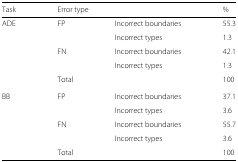
| Task | <COLSPAN=2> Error type | % |
 | --- | --- | --- | --- |
 | ADE | FP | Incorrect boundaries | 55.3 |
 |  |  | Incorrect types | 1.3 |
 |  | FN | Incorrect boundaries | 42.1 |
 |  |  | Incorrect types | 1.3 |
 |  | Total |  | 100 |
 | BB | FP | Incorrect boundaries | 37.1 |
 |  |  | Incorrect types | 3.6 |
 |  | FN | Incorrect boundaries | 55.7 |
 |  |  | Incorrect types | 3.6 |
 |  | Total |  | 100 |